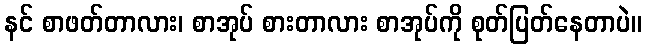
နင် စာဖတ်တာလား၊ စာအုပ် စားတာလား စာအုပ်ကို စုတ်ပြတ်နေတာပဲ။